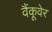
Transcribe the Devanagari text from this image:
वैंकूवेर